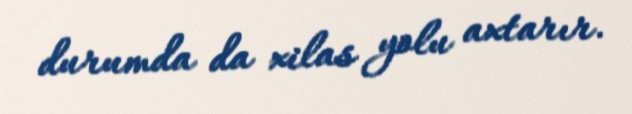
durumda da xilas yolu axtarır.